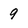
Character: 9